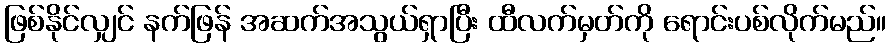
ဖြစ်နိုင်လျှင် နက်ဖြန် အဆက်အသွယ်ရှာပြီး ထီလက်မှတ်ကို ရောင်းပစ်လိုက်မည်။